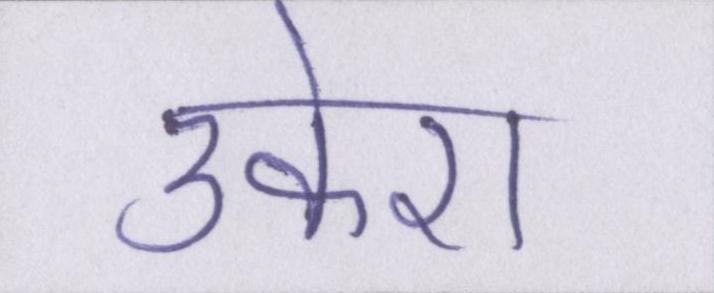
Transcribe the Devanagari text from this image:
उकेरा